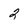
Character: 2